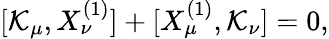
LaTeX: [\mathcal{K}_{\mu},X_{\nu}^{(1)}]+[X_{\mu}^{(1)},\mathcal{K}_{\nu}]=0,